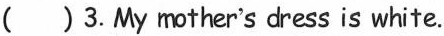
( ) 3. My mother's dress is white.